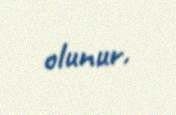
olunur.